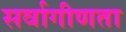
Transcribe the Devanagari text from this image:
सर्वागीणता